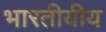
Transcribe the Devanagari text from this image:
भारतीयीय